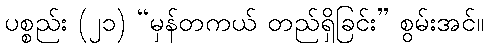
ပစ္စည်း (၂၁) “မှန်တကယ် တည်ရှိခြင်း” စွမ်းအင်။